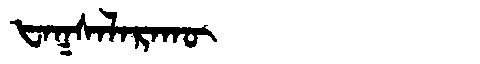
Manchu: ᡶᠠᡴᠰᠠᠯᠠᡵᠠᡴᡡ
Romanization: FAKSALARAKŪ